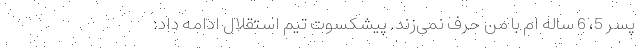
پسر 5، 6 ساله ‌ام با من حرف نمی‌زند. پیشکسوت تیم استقلال ادامه داد: